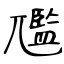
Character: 尶